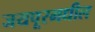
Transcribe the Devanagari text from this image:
जयपूरमधील